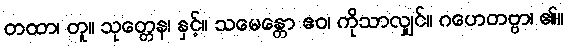
တထာ၊ တူ။ သုတ္တေန၊ နှင့်။ သမေန္တော ဧဝ၊ ကိုသာလျှင်။ ဂဟေတဗ္ဗာ၊ ၏။